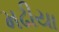
મઢીયા